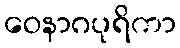
ဝေနာဂပုရိကာ